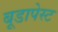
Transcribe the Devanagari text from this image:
बूडापेस्ट